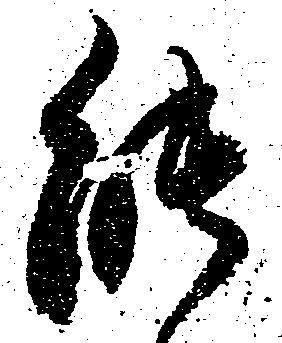
能